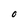
Character: O